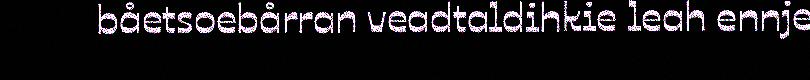
båetsoebårran veadtaldihkie leah ennje